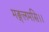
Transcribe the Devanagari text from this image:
मङ्गलमसि।।